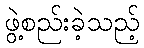
ဖွဲ့စည်းခဲ့သည့်